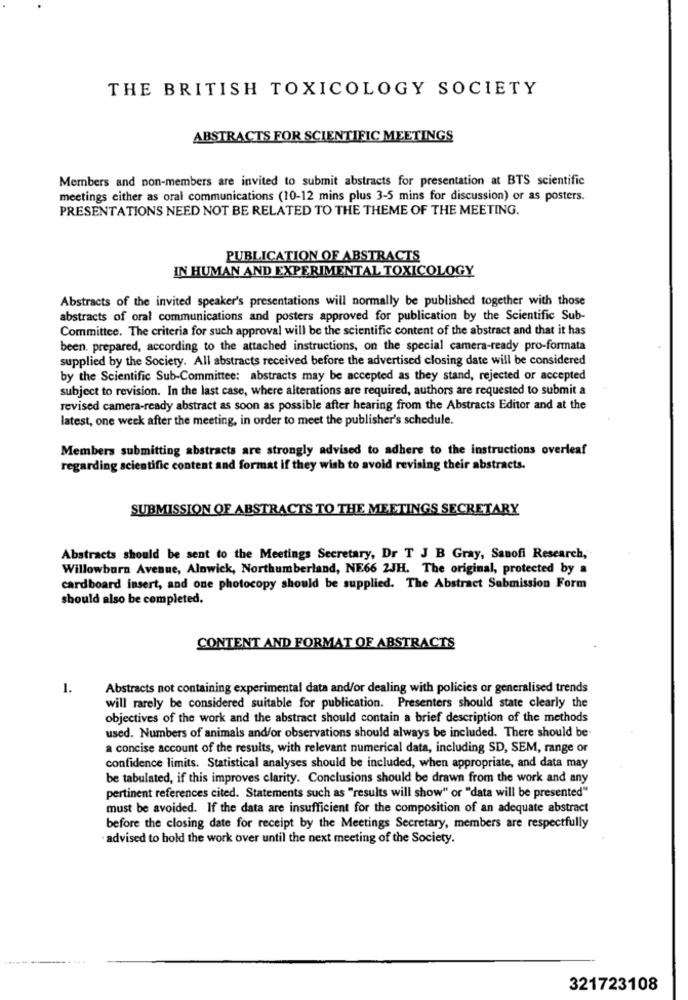
THE BRITISH TOXICOLOGY SOCIETY
ABSTRACTS FOR SCIENTIFIC MEETINGS
Members and non-members are invited to submit abstracts for presentation at BTS scientific
meetings cither as oral communications (10-12 mins plus 3-5 mins for discussion) or as posters.
PRESENTATIONS NEED NOT BE RELATED TO THE THEME OF THE MEETING.
PUBLICATION OF ABSTRACTS
IN HUMAN AND EXPERIMENTAL TOXICOLOGY
Abstracts of the invited speaker's presentations will normally be published together with those
abstracts of oral communications and posters approved for publication by the Scientific Sub-
Committee. The criteria for such approval will be the scientific content of the abstract and that it has
been. prepared, according to the attached instructions, on the special camera-ready pro-formata
supplied by the Society. All abstracts received before the advertised closing date will be considered
by the Scientific Sub-Committee: abstracts may be accepted as they stand, rejected or accepted
subject to revision. In the last case, where alterations are required, authors are requested to submit a
revised camera-ready abstract as soon as possible after hearing from the Abstracts Editor and at the
latest, one week after the meeting, in order to meet the publisher's schedule.
Members submitting abstracts are strongly advised to adhere to the instructions overleaf
regarding scientific content and format if they wish to avoid revising their abstracts.
SUBMISSION OF ABSTRACTS TO THE MEETINGS SECRETARY
Abstracts should be sent to the Meetings Secretary, Dr T J B Gray, Sanofi Research,
Willowburn Avenue, Alnwick, Northumberland, NE66 2JH. The original, protected by a
cardboard insert, and one photocopy should be supplied. The Abstract Submission Form
should also be completed.
CONTENT AND FORMAT OF ABSTRACTS
1.
Abstracts not containing experimental data and/or dealing with policies or generalised trends
will rarely be considered suitable for publication. Presenters should state clearly the
objectives of the work and the abstract should contain a brief description of the methods
used. Numbers of animals and/or observations should always be included. There should be
a concise account of the results, with relevant numerical data, including SD, SEM, range or
confidence limits. Statistical analyses should be included, when appropriate, and data may
be tabulated, if this improves clarity. Conclusions should be drawn from the work and any
pertinent references cited. Statements such as "results will show" or "data will be presented"
must be avoided. If the data are insufficient for the composition of an adequate abstract
before the closing date for receipt by the Meetings Secretary, members are respectfully
· advised to hold the work over until the next meeting of the Society.
321723108